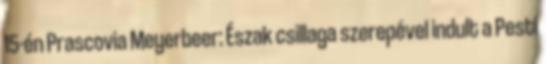
15-én Prascovia Meyerbeer: Észak csillaga szerepével indult a Pesti